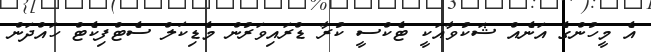
އެ މީހުންގެ އަނެއް ޝަކުވާއަކީ ޓެކްސީ ކުރާ ޑްރައިވަރުން މެޑިކަލް ސެޓްފިކެޓް ހައްދަން